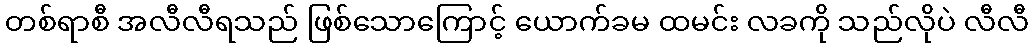
တစ်ရာစီ အလီလီရသည် ဖြစ်သောကြောင့် ယောက်ခမ ထမင်း လခကို သည်လိုပဲ လီလီ